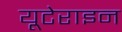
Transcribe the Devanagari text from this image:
यूटेराइन